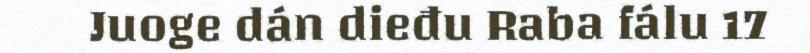
Juoge dán dieđu Raba fálu 17